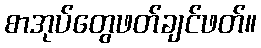
စာအုပ်တွေဖတ်ချင်ဖတ်။